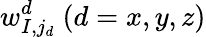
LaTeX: w_{I,j_{d}}^{d}~(d=x,y,z)